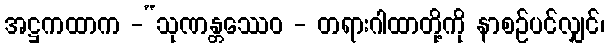
အဋ္ဌကထာက -“သုဏန္တဿေဝ - တရားဂါထာတို့ကို နာစဉ်ပင်လျှင်၊